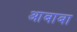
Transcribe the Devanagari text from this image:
आबाबा